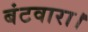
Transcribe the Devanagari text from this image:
बंटवारा।